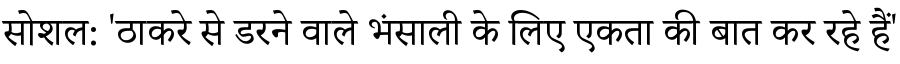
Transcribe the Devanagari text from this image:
सोशल: 'ठाकरे से डरने वाले भंसाली के लिए एकता की बात कर रहे हैं'